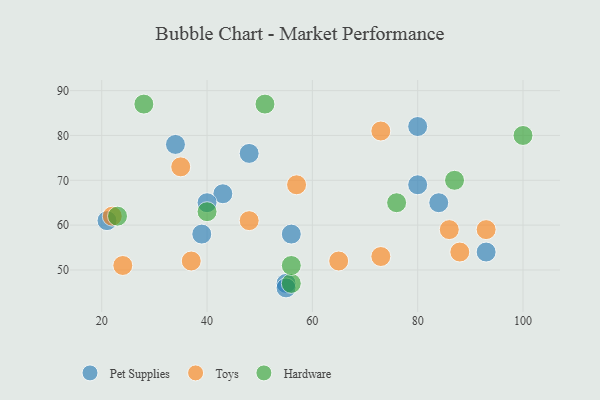
{"axis": {"x": "GDP", "y": "Life Expectancy"}, "legend": ["Hardware", "Pet Supplies", "Toys"], "data": [{"x": "43", "y": 67, "type": "Pet Supplies"}, {"x": "84", "y": 65, "type": "Pet Supplies"}, {"x": "80", "y": 69, "type": "Pet Supplies"}, {"x": "55", "y": 47, "type": "Pet Supplies"}, {"x": "93", "y": 54, "type": "Pet Supplies"}, {"x": "48", "y": 76, "type": "Pet Supplies"}, {"x": "40", "y": 65, "type": "Pet Supplies"}, {"x": "55", "y": 46, "type": "Pet Supplies"}, {"x": "21", "y": 61, "type": "Pet Supplies"}, {"x": "56", "y": 58, "type": "Pet Supplies"}, {"x": "34", "y": 78, "type": "Pet Supplies"}, {"x": "80", "y": 82, "type": "Pet Supplies"}, {"x": "39", "y": 58, "type": "Pet Supplies"}, {"x": "86", "y": 59, "type": "Toys"}, {"x": "48", "y": 61, "type": "Toys"}, {"x": "37", "y": 52, "type": "Toys"}, {"x": "57", "y": 69, "type": "Toys"}, {"x": "24", "y": 51, "type": "Toys"}, {"x": "88", "y": 54, "type": "Toys"}, {"x": "22", "y": 62, "type": "Toys"}, {"x": "73", "y": 53, "type": "Toys"}, {"x": "93", "y": 59, "type": "Toys"}, {"x": "73", "y": 81, "type": "Toys"}, {"x": "65", "y": 52, "type": "Toys"}, {"x": "35", "y": 73, "type": "Toys"}, {"x": "51", "y": 87, "type": "Hardware"}, {"x": "28", "y": 87, "type": "Hardware"}, {"x": "40", "y": 63, "type": "Hardware"}, {"x": "100", "y": 80, "type": "Hardware"}, {"x": "56", "y": 47, "type": "Hardware"}, {"x": "23", "y": 62, "type": "Hardware"}, {"x": "76", "y": 65, "type": "Hardware"}, {"x": "56", "y": 51, "type": "Hardware"}, {"x": "87", "y": 70, "type": "Hardware"}]}